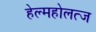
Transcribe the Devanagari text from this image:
हेल्महोलत्ज